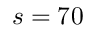
s = 7 0